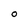
Character: O